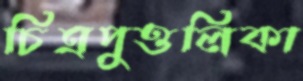
চিত্রপুত্তলিকা